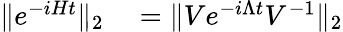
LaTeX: \begin{array}{rl}{\| e^{-iHt}\| _{2}}&{{}=\| Ve^{-i\Lambda t}V^{-1}\| _{2}}\end{array}